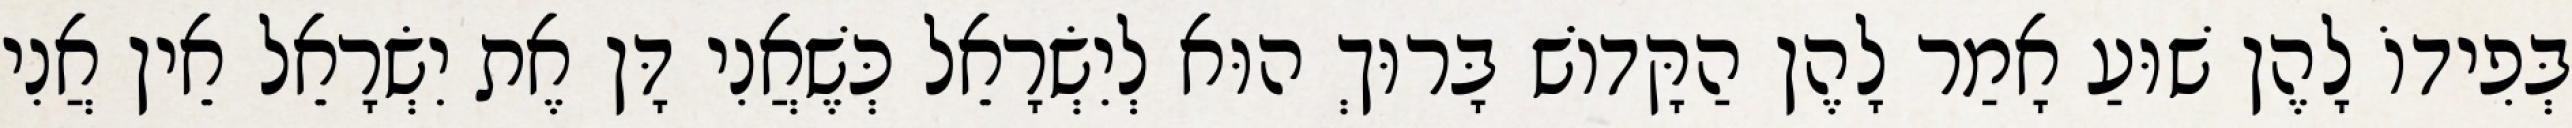
בְּפִידוֹ לָהֶן שׁוּעַ אָמַר לָהֶן הַקָּדוֹשׁ בָּרוּךְ הוּא לְיִשְׂרָאֵל כְּשֶׁאֲנִי דָּן אֶת יִשְׂרָאֵל אֵין אֲנִי